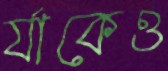
র‍্যাকেও